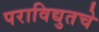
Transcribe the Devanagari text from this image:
पराविद्युतचे